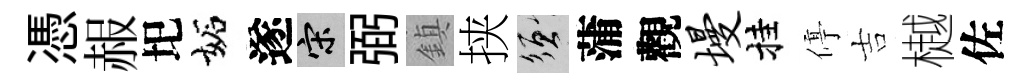
憑赧圯妬遂宋弼鎮挟須蒲觀墁挂停吉樾佐